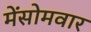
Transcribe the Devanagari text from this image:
मेंसोमवार